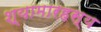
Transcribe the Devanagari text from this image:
श्यामारहस्य